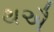
થઐ